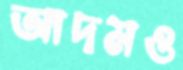
আদমও